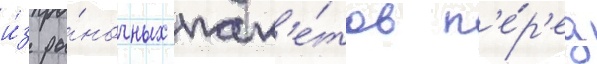
и́з ры́ночных пак'е́тов п'е́р'ед